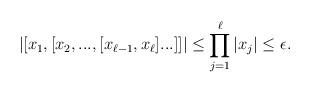
LaTeX: \begin{align*} |[x_1,[x_2,...,[x_{\ell-1},x_\ell]...]]| \leq \prod_{j=1}^\ell |x_j| \leq \epsilon. \end{align*}